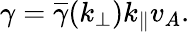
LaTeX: \gamma=\overline{{\gamma}}(k_{\perp})k_{\parallel}v_{A}.